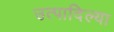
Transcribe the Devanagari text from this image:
उत्पादिल्या